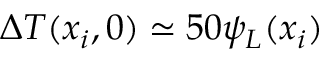
\Delta T ( x _ { i } , 0 ) \simeq 5 0 \psi _ { L } ( x _ { i } )